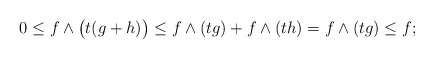
\begin{align*}0 \le f \land \big(t(g + h )\big) \le f \land (tg) + f \land (th)= f \land (tg)\le f;\end{align*}